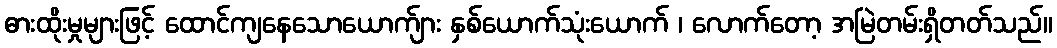
ဓားထိုးမှုများဖြင့် ထောင်ကျနေသောယောက်ျား နှစ်ယောက်သုံးယောက် ၊ လောက်တော့ အမြဲတမ်းရှိတတ်သည်။